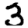
Digit: 3